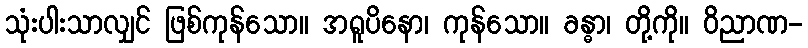
သုံးပါးသာလျှင် ဖြစ်ကုန်သော။ အရူပိနော၊ ကုန်သော။ ခန္ဓာ၊ တို့ကို။ ဝိညာဏ-